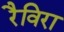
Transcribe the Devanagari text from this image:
रैविरा